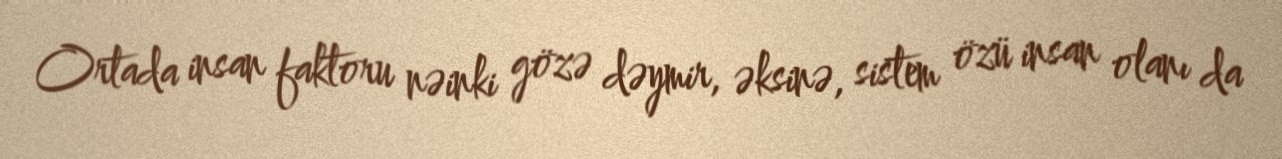
Ortada insan faktoru nəinki gözə dəymir, əksinə, sistem özü insan olanı da